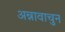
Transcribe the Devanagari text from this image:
अन्नावाचुन